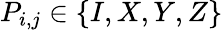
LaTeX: P_{i,j}\in\{ I,X,Y,Z\}